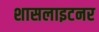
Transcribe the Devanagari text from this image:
शासलाइटनर